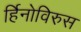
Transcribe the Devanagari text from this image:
र्हिनोविरुस